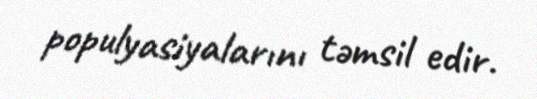
populyasiyalarını təmsil edir.